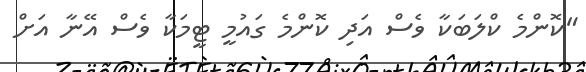
"ކޮންމެ ކްލަބަކާ ވެސް އަދި ކޮންމެ ގައުމީ ޓީމަކާ ވެސް އޭނާ އަށް